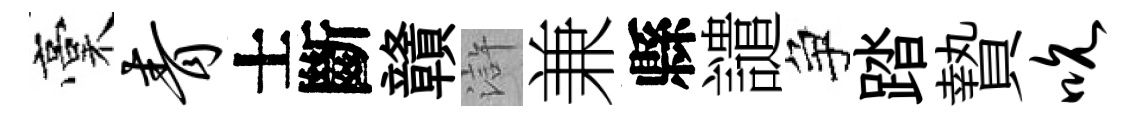
稾青士斷贛滸兼縣譴争踏贄吮